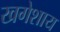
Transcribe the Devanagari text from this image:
खगेशाय